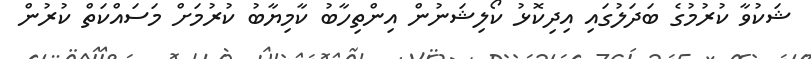
ޝަކުވާ ކުރުމުގެ ބަދަލުގައި އިދިކޮޅު ކޯލިޝަނުން އިންތިހާބު ކާމިޔާބު ކުރުމަށް މަސައްކަތް ކުރުން